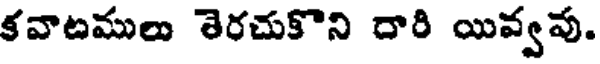
కవాటములు తెరచుకొని దారి యివ్వవు.